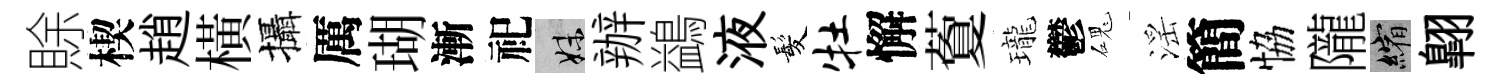
賖楔趙橫攝厲瑚漸祀妹辦鷁液髪牡懈藑瓏鬱磈滛簡恊隴縮翺